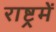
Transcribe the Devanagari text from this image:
राष्ट्रमें